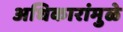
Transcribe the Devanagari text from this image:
अधिकारांमुळे